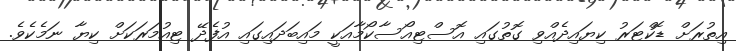
އިތުރަށް ޑޮކްޓަރު ކިޔައިދެއްވި ގޮތުގައި އޮސްޓިއޯސާކޯމާއަކީ މައިބަދައިގައި އުފެދޭ ޓިއުމަރަކަށް ކިޔާ ނަމެކެވެ.